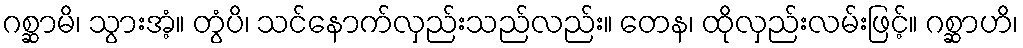
ဂစ္ဆာမိ၊ သွားအံ့။ တွံပိ၊ သင်နောက်လှည်းသည်လည်း။ တေန၊ ထိုလှည်းလမ်းဖြင့်။ ဂစ္ဆာဟိ၊